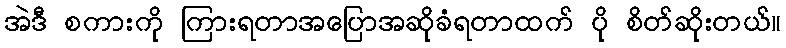
အဲဒီ စကားကို ကြားရတာအပြောအဆိုခံရတာထက် ပို စိတ်ဆိုးတယ်။